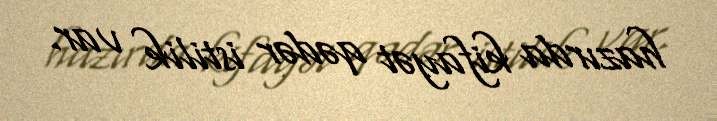
hazırda kifayət qədər istilik var.